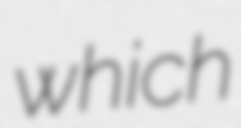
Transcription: which